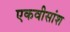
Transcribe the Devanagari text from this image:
एकवीसांश